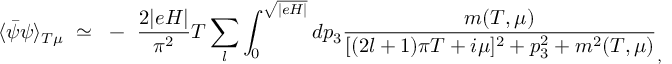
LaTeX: \langle \bar { \psi } \psi \rangle _ { T \mu } ~ \simeq ~ - ~ \frac { 2 \vert e H \vert } { \pi ^ { 2 } } T \sum _ { l } \int _ { 0 } ^ { \sqrt { \vert e H \vert } } d p _ { 3 } \frac { m ( T , \mu ) } { [ ( 2 l + 1 ) \pi T + i \mu ] ^ { 2 } + p _ { 3 } ^ { 2 } + m ^ { 2 } ( T , \mu ) } _ { , }